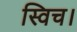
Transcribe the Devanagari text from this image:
स्विच।